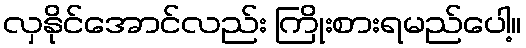
လှနိုင်အောင်လည်း ကြိုးစားရမည်ပေါ့။